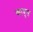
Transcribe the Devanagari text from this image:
कावूस